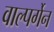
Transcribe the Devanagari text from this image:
वाल्पर्गेन